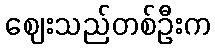
ဈေးသည်တစ်ဦးက